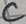
Text: C